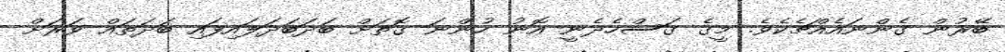
ބޭރުން ގެންނައެއްޗެކެވެ. މީގެ ގަސްހެދެނީ އޮނު ހުންނަ ގޮތަށް ބަދަބަދަލައިފައި ބަދަތައް ވަރަށް